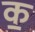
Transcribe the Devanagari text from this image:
क॒